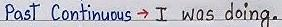
Past Continuous  -> I was doing.